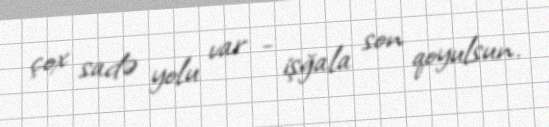
çox sadə yolu var - işğala son qoyulsun.